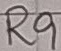
Text: R9